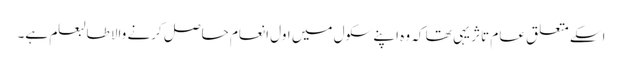
اسکے متعلق عام تاثر یہی تھا کہ وہ اپنے سکول میں اول انعام حاصل کرنے والا طالبعلم ہے۔